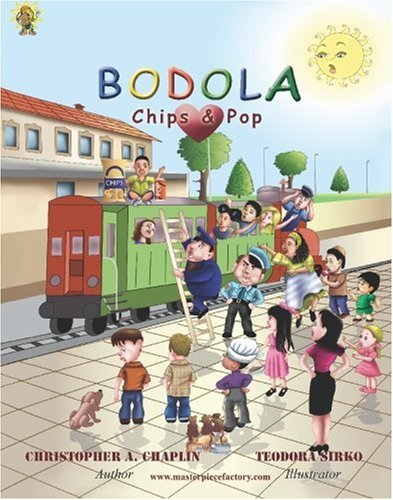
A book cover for Bodola Loves Chips & Pop: Understanding  the mind of parents and children who exist with Autism, ADHD, Downs Syndrome  and other (Obsessive Compulsive) Neurological disorders; Christopher A. Chaplin; Health, Fitness & Dieting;